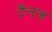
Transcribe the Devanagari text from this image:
टैनल